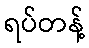
ရပ်တန့်